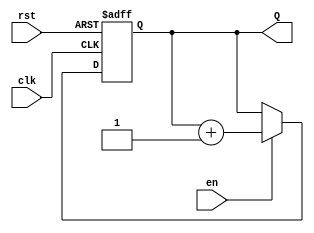
module binary_up_counter (
    input wire clk,     // Clock input
    input wire rst,     // Active-high reset
    input wire en,      // Enable signal
    output reg [n-1:0] Q // Counter output (n-bit)
);
    parameter n = 4; // Number of bits for the counter (change as needed)

    // Always block triggered on the rising edge of the clock or when reset is asserted
    always @(posedge clk or posedge rst) begin
        if (rst) begin
            Q <= 0; // Reset the counter to 0
        end else if (en) begin
            Q <= Q + 1; // Increment the counter
        end
    end
endmodule